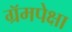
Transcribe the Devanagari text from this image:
ग्रॅमपेक्षा